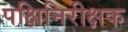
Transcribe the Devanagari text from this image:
पक्षिनिरीक्षक